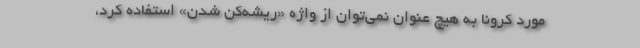
مورد کرونا به هیچ عنوان نمی‌توان از واژه «ریشه‌کن شدن» استفاده کرد،